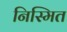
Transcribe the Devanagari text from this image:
निस्मित